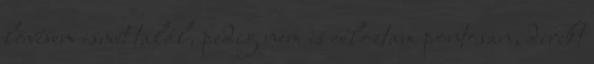
lövésem ismét talál, pedig nem is céloztam pontosan, direkt